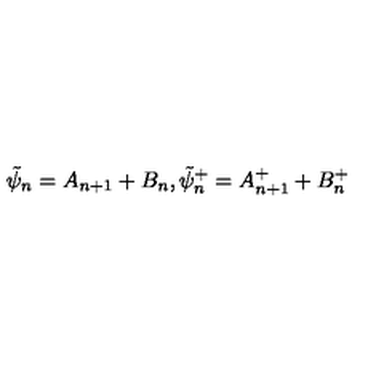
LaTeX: \tilde { \psi } _ { n } = A _ { n + 1 } + B _ { n } , \tilde { \psi } _ { n } ^ { + } = A _ { n + 1 } ^ { + } + B _ { n } ^ { + }